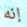
إنه